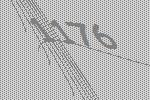
1176